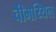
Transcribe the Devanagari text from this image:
चीमय्यिल